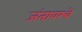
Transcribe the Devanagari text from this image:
जंतावरचे